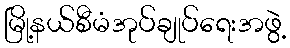
မြို့နယ်စီမံအုပ်ချုပ်ရေးအဖွဲ့